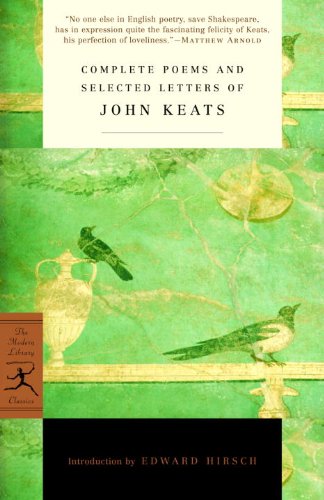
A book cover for Complete Poems and Selected Letters of John Keats (Modern Library Classics); John Keats; Literature & Fiction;